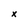
Character: x